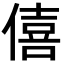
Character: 僖